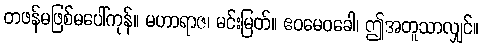
တဖန်မဖြစ်မပေါ်ကုန်။ မဟာရာဇ၊ မင်းမြတ်။ ဧဝမေဝခေါ၊ ဤအတူသာလျှင်။